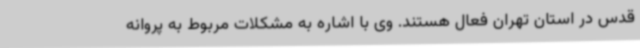
قدس در استان تهران فعال هستند. وی با اشاره به مشکلات مربوط به پروانه